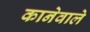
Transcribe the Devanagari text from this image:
कानेवाले